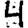
Digit: 4